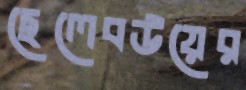
ছেলেবউয়ের